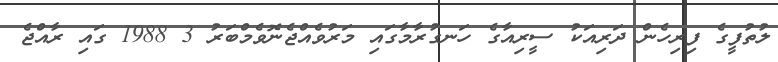
ލުތުފީގެ ފިރިހެން ދަރިއަކު ސީރިއާގެ ހަނގުރާމާގައި މަރުވެއްޖެނޮވެމްބަރު 3 1988 ގައި ރާއްޖެ